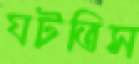
ঘটতিস